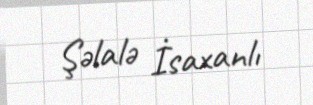
Şəlalə İsaxanlı